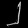
Digit: ၂